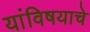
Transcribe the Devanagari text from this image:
यांविषयाचे